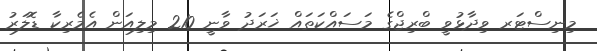
މިނިސްޓަރ ވިދާޅުވީ ބްރިޖްގެ މަސައްކަތައް ޚަރަދު ވާނީ 210 މިލިއަން އެމެރިކާ ޑޮލަރު